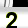
Digit: 2